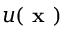
u ( \textbf { x } )